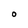
Character: O